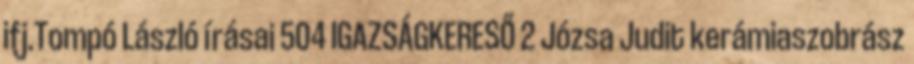
ifj.Tompó László írásai 504 IGAZSÁGKERESŐ 2 Józsa Judit kerámiaszobrász